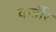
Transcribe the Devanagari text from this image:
कर्तीर